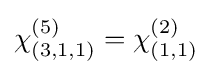
\chi _{(3,1,1)}^{(5)}=\chi _{(1,1)}^{(2)}